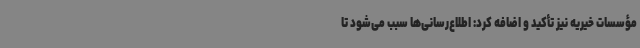
مؤسسات خیریه نیز تأکید و اضافه کرد: اطلاع‌رسانی‌ها سبب می‌شود تا